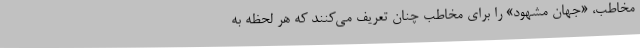
مخاطب، «جهان مشهود» را برای مخاطب چنان تعریف می‌کنند که هر لحظه به